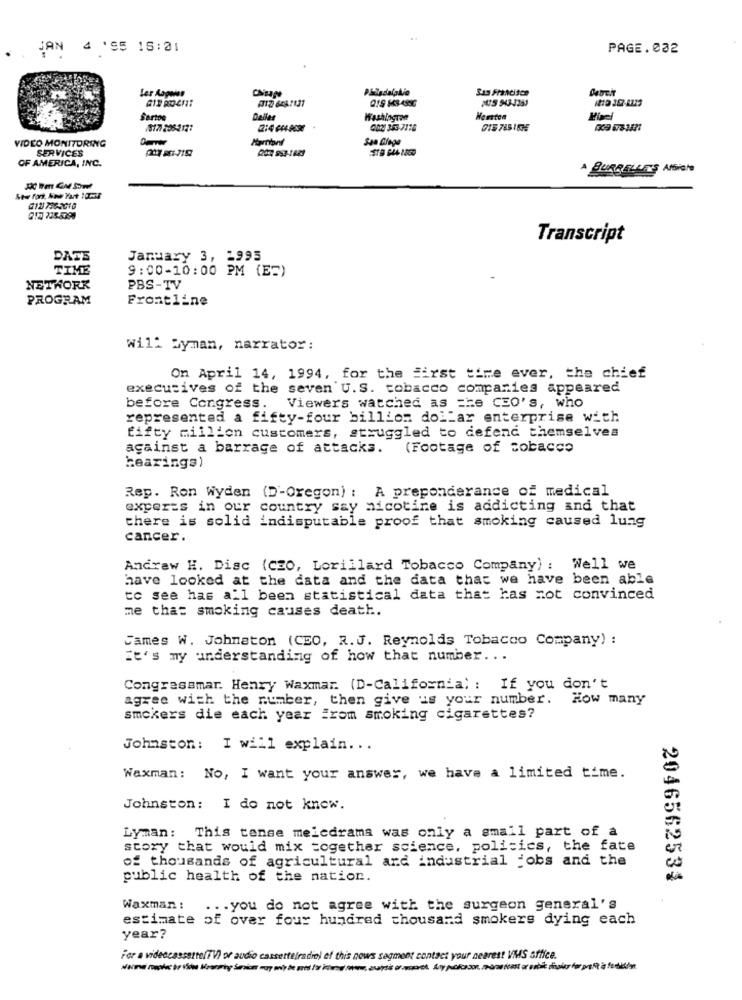
JAN 4 '95 15:21
PAGE.032
Ler Aapoiar
Sas Francisco
MIS 943-1263
Serto
Deller
Washlagran
Houston
/817: 205-2121
015 785 1635
VIDEO MONITORING
SERVICES
OF AMERICA, INC.
A BURBELLES AfbiaIS
012 736-3010
017 735-5398
Transcript
DATE
January 3, 1995
TIME
9:00-10:00 PM (E=)
NETWORK
PBS-TV
PROGRAM
Frontline
will byman, narrator:
On April 14, 1994, for the First time ever, the chief
executives of the seven U.S. tobacco companies appeared
before Congress.
Viewers watched as the CEO's, who
represented a fifty-four billion dollar enterprise with
fifty million customers, struggled to defend themselves
against a barrage of attacks.
(Footage of tobacco
hearings)
Rep. Ron Wyden (D'-Oregon) : A preponderance of medical
experts in our country say nicotine is addicting and that
there is solid indisputable proof that smoking caused lung
cancer.
Andrew H. Disc (CZO, Lorillard Tobacco Company) : Well we
have looked at the data and the data that we have been able
to see has all been statistical data that has not convinced
me that smoking causes death.
James W. Johnston (CEO, R.J. Reynolds Tobacco Company) :
It's my understanding of how that number ...
Congressmar. Henry Waxmar. (D-California) : If you don't
agree with the number, then give us your number. How many
smokers die each year From smoking cigarettes?
Johnston: I will explain ...
Waxman: No, I want your answer, we have a limited time.
Johnston: I do not know.
Lyman: This tense melcdrama was only a small part of a
story that would mix together science, politics, the fate
of thousands of agricultural ard industrial jobs and the
public health of the nation.
2046562534
Waxman :
... you do not agree with the surgeon general's
estimate of over four hundred thousand smokers dying each
year?
For a videocassette(TV) or audio cassette(radio) of this news segment contact your nearest VMS office.